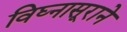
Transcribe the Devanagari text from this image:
विघ्नासूराने